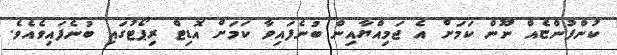
ކުންފުންޏެއް ނޫން ކަމަށް އެ ޖަމިއްޔާއިން ބުނެފައިވާ ކަމަށް އޮޑިޓް ރިޕޯޓުގައި ބުނެފައިވެއެވެ.